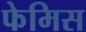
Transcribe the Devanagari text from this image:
फेमिस